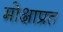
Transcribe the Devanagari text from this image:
मोक्षाप्रत